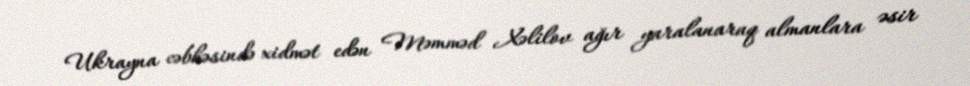
Ukrayna cəbhəsində xidmət edən Məmməd Xəlilov ağır yaralanaraq almanlara əsir